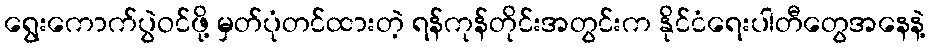
ရွေးကောက်ပွဲဝင်ဖို့ မှတ်ပုံတင်ထားတဲ့ ရန်ကုန်တိုင်းအတွင်းက နိုင်ငံရေးပါတီတွေအနေနဲ့